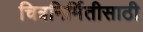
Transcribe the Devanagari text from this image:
चित्रनिर्मितीसाठी